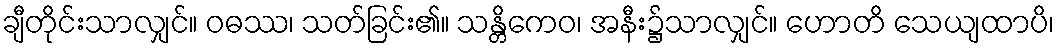
ချီတိုင်းသာလျှင်။ ဝဓဿ၊ သတ်ခြင်း၏။ သန္တိကေဝ၊ အနီး၌သာလျှင်။ ဟောတိ သေယျထာပိ၊